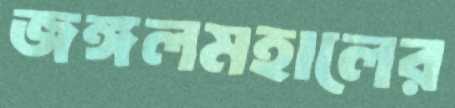
জঙ্গলমহালের